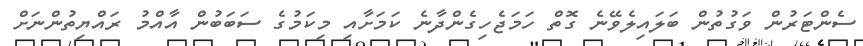
ސެންޓަރުން ވަގުތުން ބަލައިލެވޭނެ ގޮތް ހަމަޖެހިގެންދާނެ ކަމަށާއި މިކަމުގެ ސަބަބުން އާއްމު ރައްޔިތުންނަށް